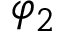
\varphi _ { 2 }